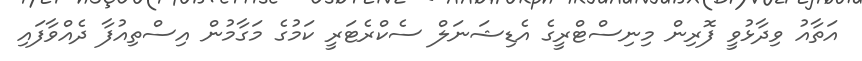
އަތާއު ވިދާޅުވީ ފޮރިން މިނިސްޓްރީގެ އެޑިޝަނަލް ސެކްރެޓަރީ ކަމުގެ މަގާމުން އިސްތިއުފާ ދެއްވާފައި